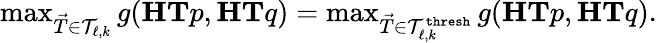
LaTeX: \begin{array}{r}{\operatorname*{max}_{\vec{T}\in\mathcal{T}_{\ell,k}}g(\mathbf{H}\mathbf{T}p,\mathbf{H}\mathbf{T}q)=\operatorname*{max}_{\vec{T}\in\mathcal{T}_{\ell,k}^{\textup{\texttt{thresh}}}}g(\mathbf{H}\mathbf{T}p,\mathbf{H}\mathbf{T}q).}\end{array}